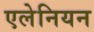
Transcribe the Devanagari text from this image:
एलेनियन